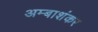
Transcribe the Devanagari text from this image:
अम्बाशंकर